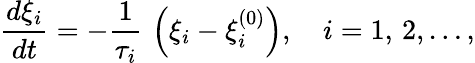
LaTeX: {\frac{d\xi_{i}}{dt}}=-{\frac{1}{\tau_{i}}}\, \left(\xi_{i}-\xi_{i}^{(0)}\right),\quad i=1,\, 2,\ldots,